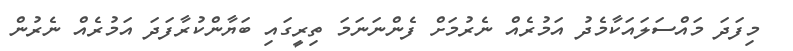
މިފަދަ މައްސަލައަކާމެދު އަމުރެއް ނެރުމަށް ފެންނަނަމަ ތިރީގައި ބަޔާންކުރާފަދަ އަމުރެއް ނެރުން